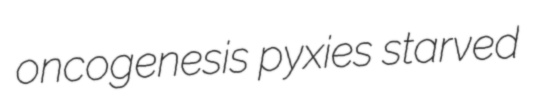
oncogenesis pyxies starved